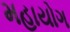
મહાયોગ